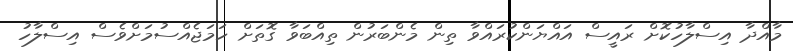
މާއްދާ އިސްލާހުކޮށް ރައީސް އައްޔަންކުރައްވާ ތިން މެންބަރުން ތިއްބަވާ ގޮތަށް ހަމަޖެއްސުމަށްވެސް އިސްލާހު